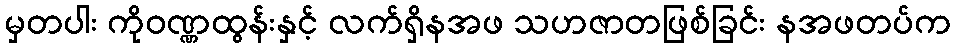
မှတပါး ကိုဝဏ္ဏထွန်းနှင့် လက်ရှိနအဖ သဟဇာတဖြစ်ခြင်း နအဖတပ်က